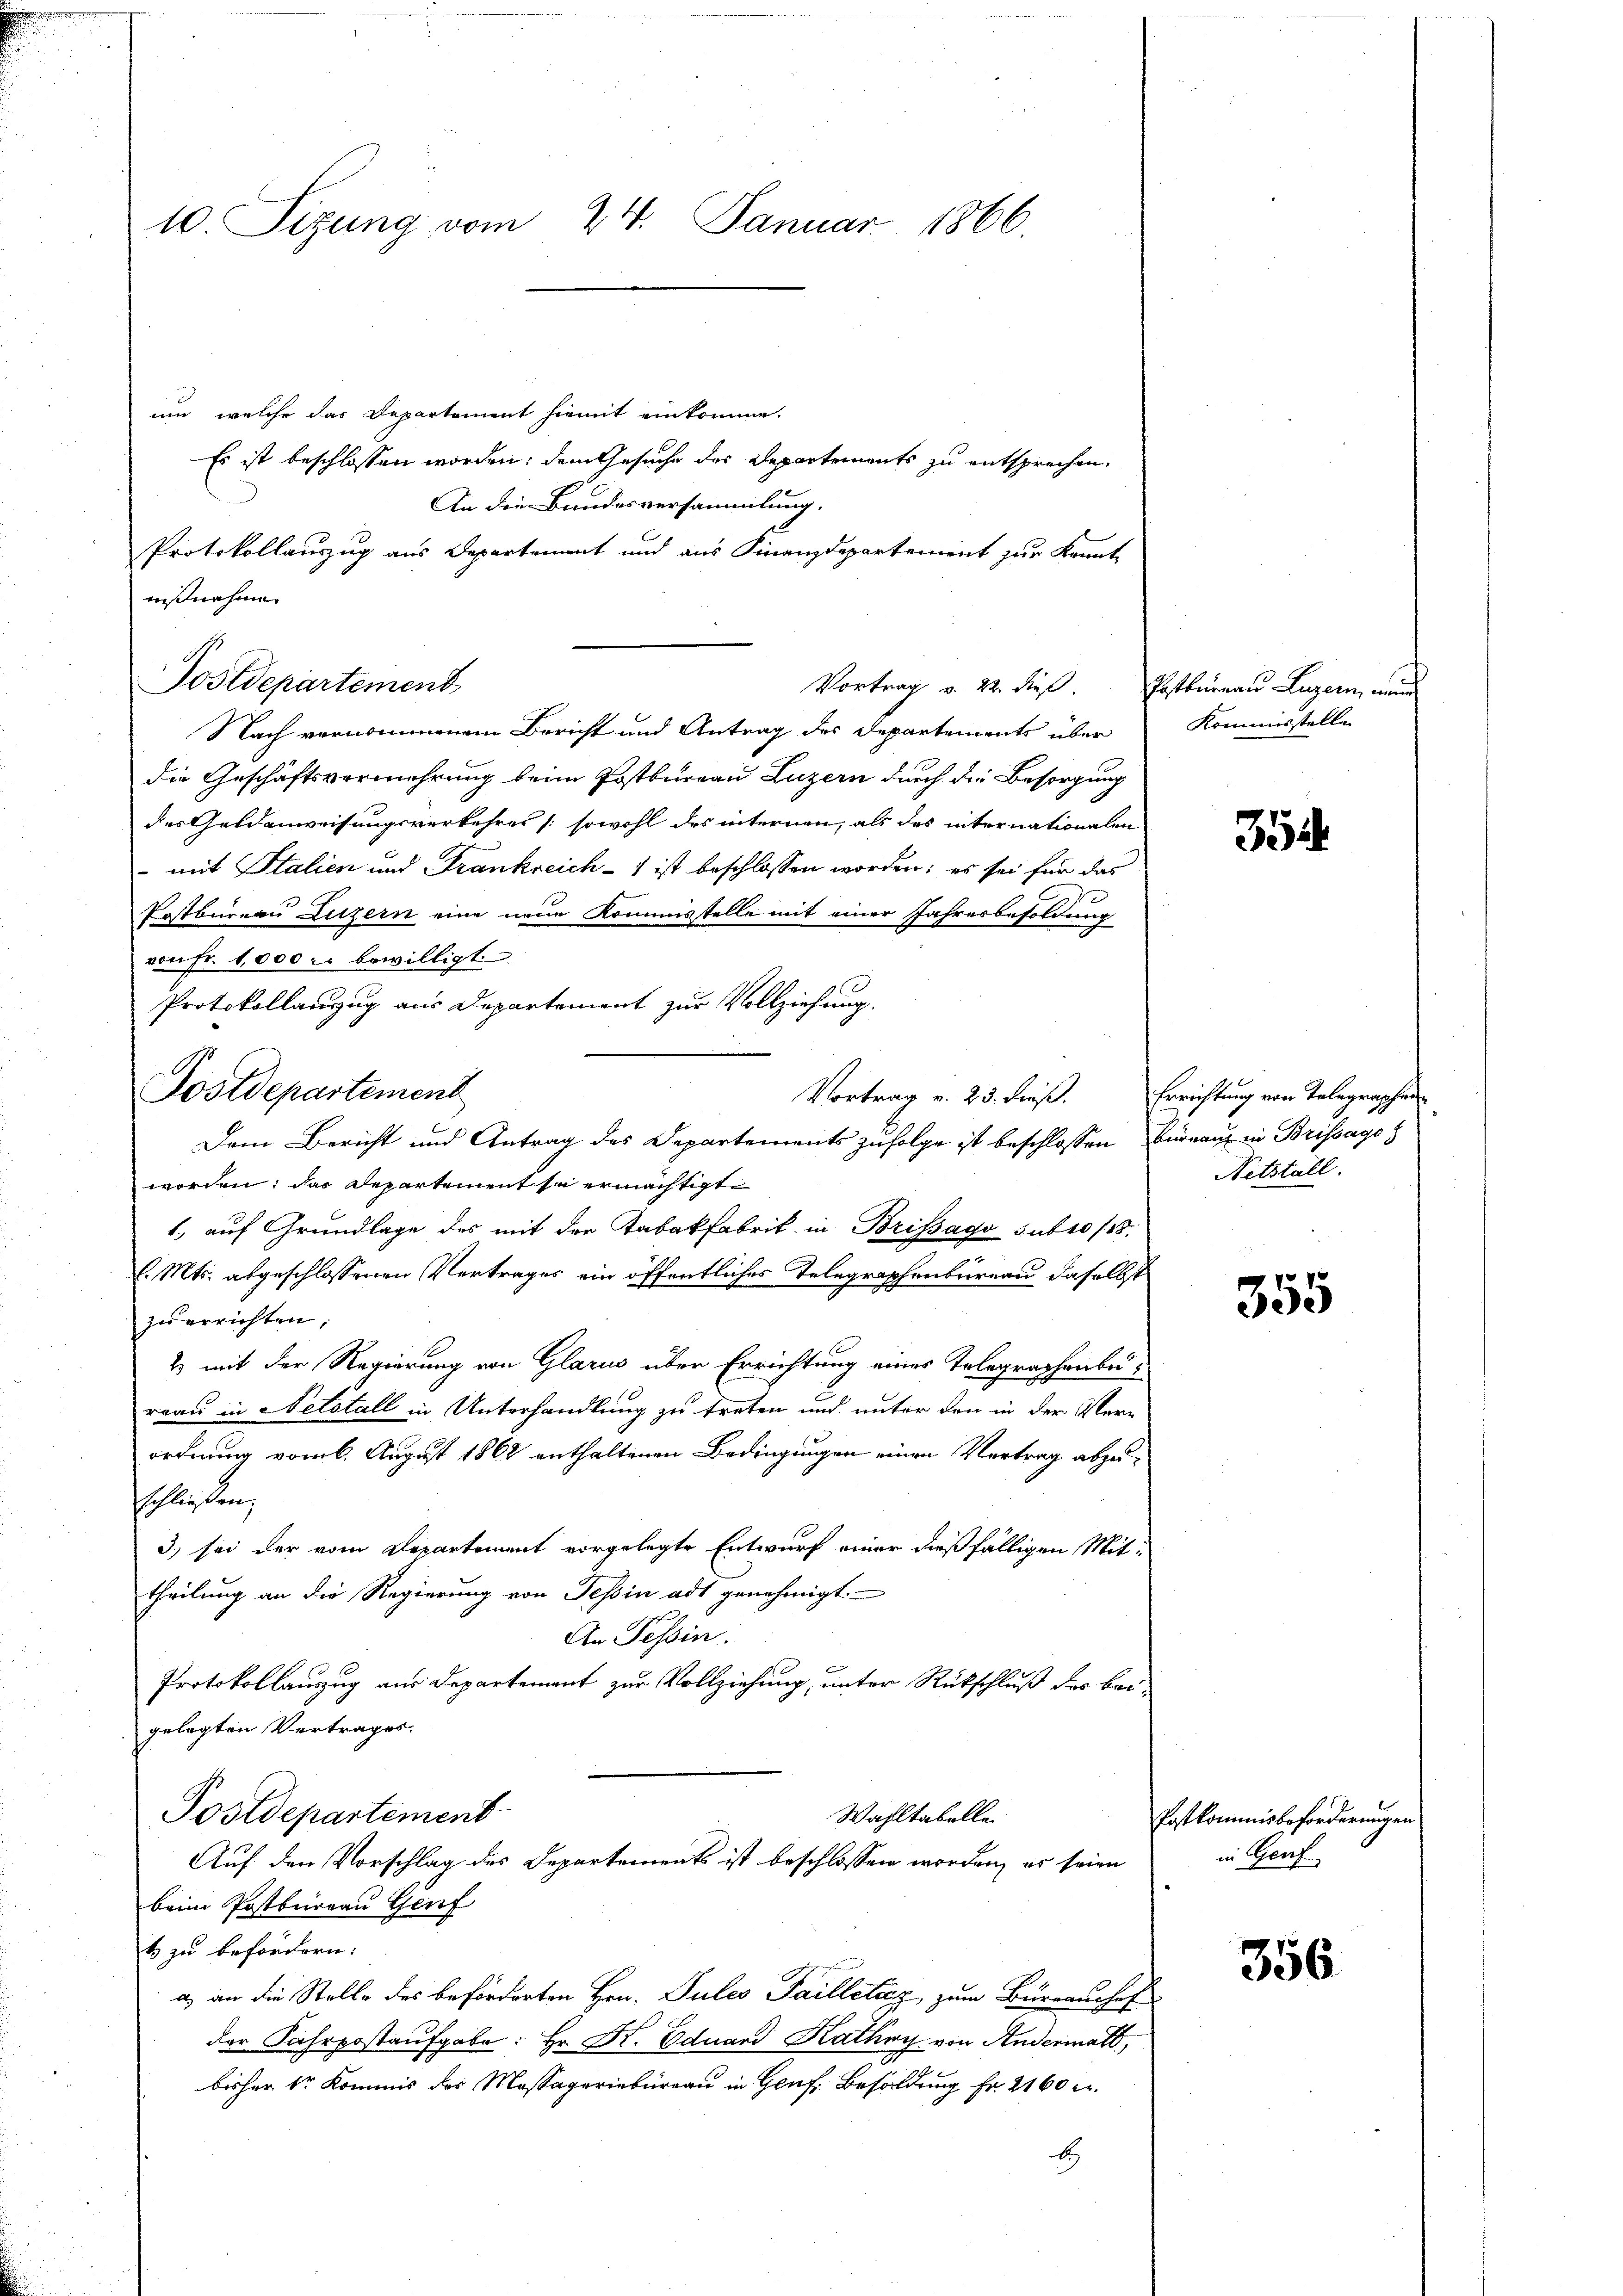
10. Sizung vom 24. Januar 1866.

um, welche das Departement hiemit einkomme.
Es ist beschlossen worden; dem Gesuche des Departements zu entsprechen.
An die Bundesversammlung.
Protokollauszug aus Departement und aus Finanzdepartement zur Krant-
ußnahme
Postdepartement
Nach vernommenem Bericht und Antrag des Departements über
die Geschäftsvermehrung beim Postbureau Luzern durch die Besorgung
des Geldenweisungsverkehres (sowohl des internen, als des internationalen
 mit Italien und Frankreich - ist beschlossen worden; es sei für das
Postbürern Luzern eine neue Kommisstelle mit einer Jahresbesoldung
von Fr. 1,000 er bewilligt.
Protokollanzug aus Departement zur Vollziehung.
Postdepartement
Vortrag v. 23. dieß.
Dem Bericht und Antrag des Departements zufolge ist beschlossen Büreau in Brissago
worden, das Departement zu ermächtigt
1. auf Grundlage des mit der Tabakfabrik in Brissago subro 18.
l. Mts. abgeschlossenen Vertrages ein öffentliches Telegraphenbureau daselbst
zu errichten,
2 mit der Regierung von Glarus über Errichtung eines Telegraphenbereau in Netstall in Unterhandlung zu treten und unter den in der Vern
ordnung vom 6. August 1862 enthaltenen Bedingungen einen Vertrag abzuschliessen,
3) sei der vom Departement vorgelegte Entwurf einer dießfälligen Mittheilung an die Regierung von Tessin adt genehmigt.
An Tessin.
Protokollauszug aus Departement zur Vollziehung, unter Rückschluß des bei-
gelegten Vertrages.
Postdepartement
Wahltabelle
Auf den Vorschlag des Departements ist beschlossen worden, es seien
beim Postbureau Genf
1 zu befördern:
a) an die Stelle des beförderten Hrn. Pules Pailletáz, zum Büreaushof
der Fahrpostaufgabe: Hr. Dr. Eduard Kathry von Andermatt,
bisher Sr. Kommis des Massageriebureau in Genf. Besoldung Fr. 2160 c.
b

Vortrag v. 22. dieß

Postbureau Luzern, wenn
Kommisstelle

354

Errichtung von Telegraphen
Nitstall.

355

Postkommisbeforderungen
in Genf

356